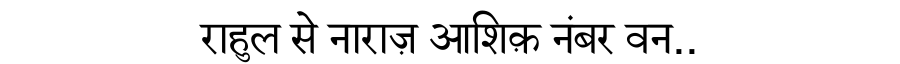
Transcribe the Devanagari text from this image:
राहुल से नाराज़ आशिक़ नंबर वन..